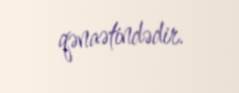
qənaətindədir.